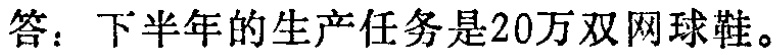
答：下半年的生产任务是20万双网球鞋。